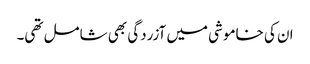
ان کی خاموشی میں آزردگی بھی شامل تھی۔